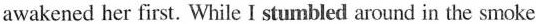
awakened her first. While I sturmbled around in the smoke